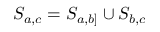
S _ { a , c } = S _ { a , b ] } \cup S _ { b , c }